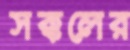
সক্কলের